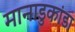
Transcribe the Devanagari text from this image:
मानाडुकांडा